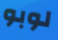
لوبو